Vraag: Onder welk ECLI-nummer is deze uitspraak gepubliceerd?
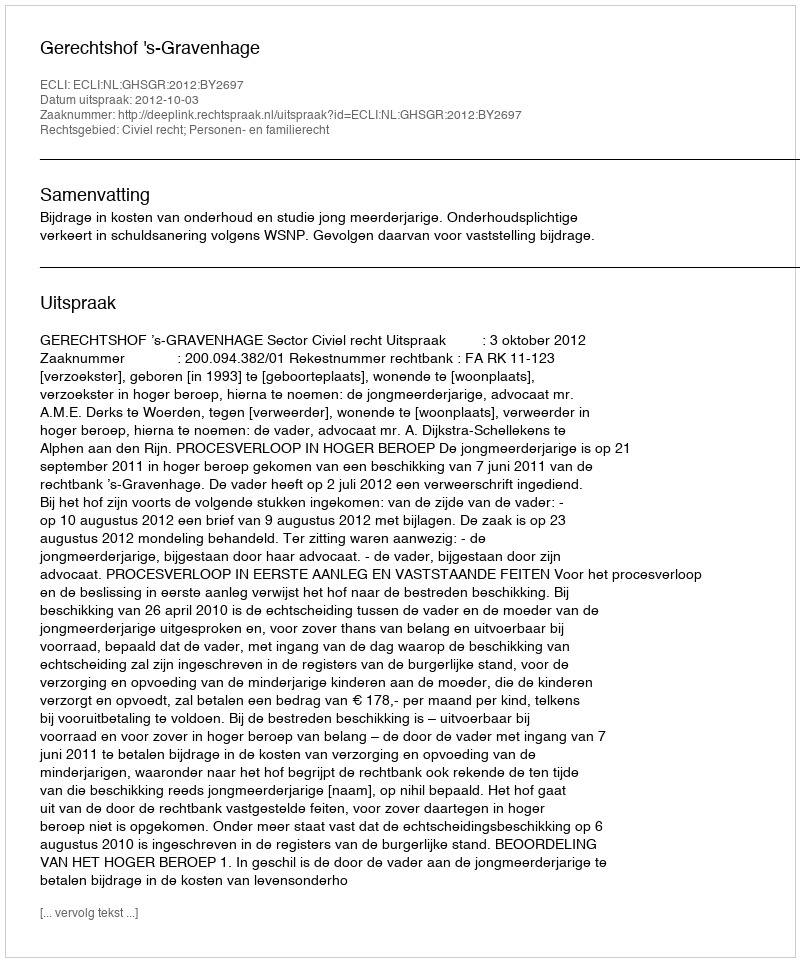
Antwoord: ECLI:NL:GHSGR:2012:BY2697